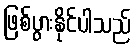
ဖြစ်ပွားနိုင်ပါသည်